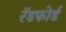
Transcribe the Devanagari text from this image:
रॅडफोर्ड